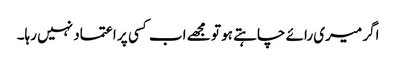
اگر میری رائے چاہتے ہو تو مجھے اب کسی پر اعتماد نہیں رہا۔